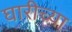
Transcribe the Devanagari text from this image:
घारीच्या